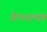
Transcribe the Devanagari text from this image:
सैन्यदलांत